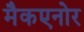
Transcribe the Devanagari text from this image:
मैकएनोर